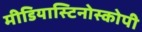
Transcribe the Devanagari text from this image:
मीडियास्टिनोस्कोपी